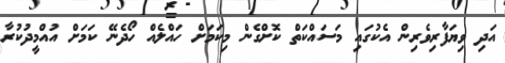
އަދި ވިޔަފާރިވެރިން އެކުގައި މަސައްކަތް ކޮށްގެން މިކަމަށް ހައްލެއް ހޯދެނޭ ކަމަށް އުއްމީދުކުރާ